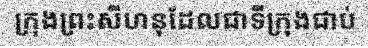
ក្រុងព្រះសីហនុដែលជាទីក្រុងជាប់